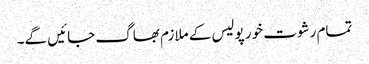
تمام رشوت خور پولیس کے ملازم بھاگ جائیں گے۔